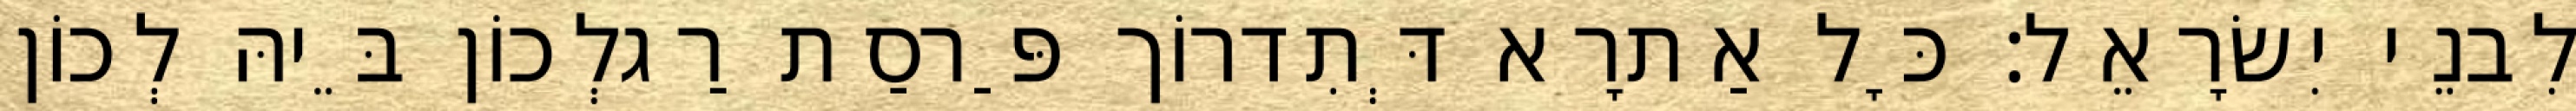
לִבנֵי יִשׂרָאֵל׃ כָּל אַתרָא דְּתִדרוֹך פַּרסַת רַגלְכוֹן בֵּיהּ לְכוֹן